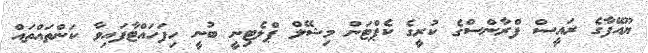
ޔޫއޭފާގެ ރައީސް ފްރާންސްގެ ކުރީގެ ކެޕްޓަން މިޝޭލް ޕްލެޓިނީ ބުނީ ހިފަހައްޓާފައިވާ ކަންތައްތައް